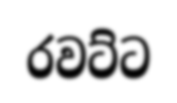
රවට්ට